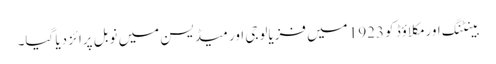
بینٹنگ اور مکلاؤڈ کو 1923 میں‌ فزیالوجی اور میڈیسن میں‌ نوبل پرائز دیا گیا۔